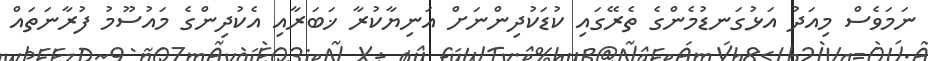
ނަމަވެސް މިއަދު އަޅުގަނޑުމެންގެ ތެރޭގައި ކުޑަކުދިންނަށް އަނިޔާކުރާ ޚަބަރާއި އެކުދިންގެ މައުސޫމު ފުރާނަތައް